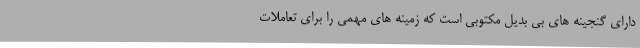
دارای گنجینه های بی بدیل مکتوبی است که زمینه های مهمی را برای تعاملات